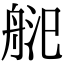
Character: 𦨲